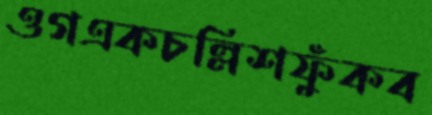
ওগএকচল্লিশফুঁকব